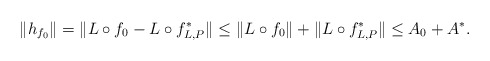
\begin{align*} \|h_{f_0}\| = \|L \circ f_0 - L \circ f_{L,P}^*\|\leq \|L \circ f_0\| + \|L \circ f_{L,P}^*\|\leq A_0 + A^*.\end{align*}